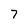
Character: 7